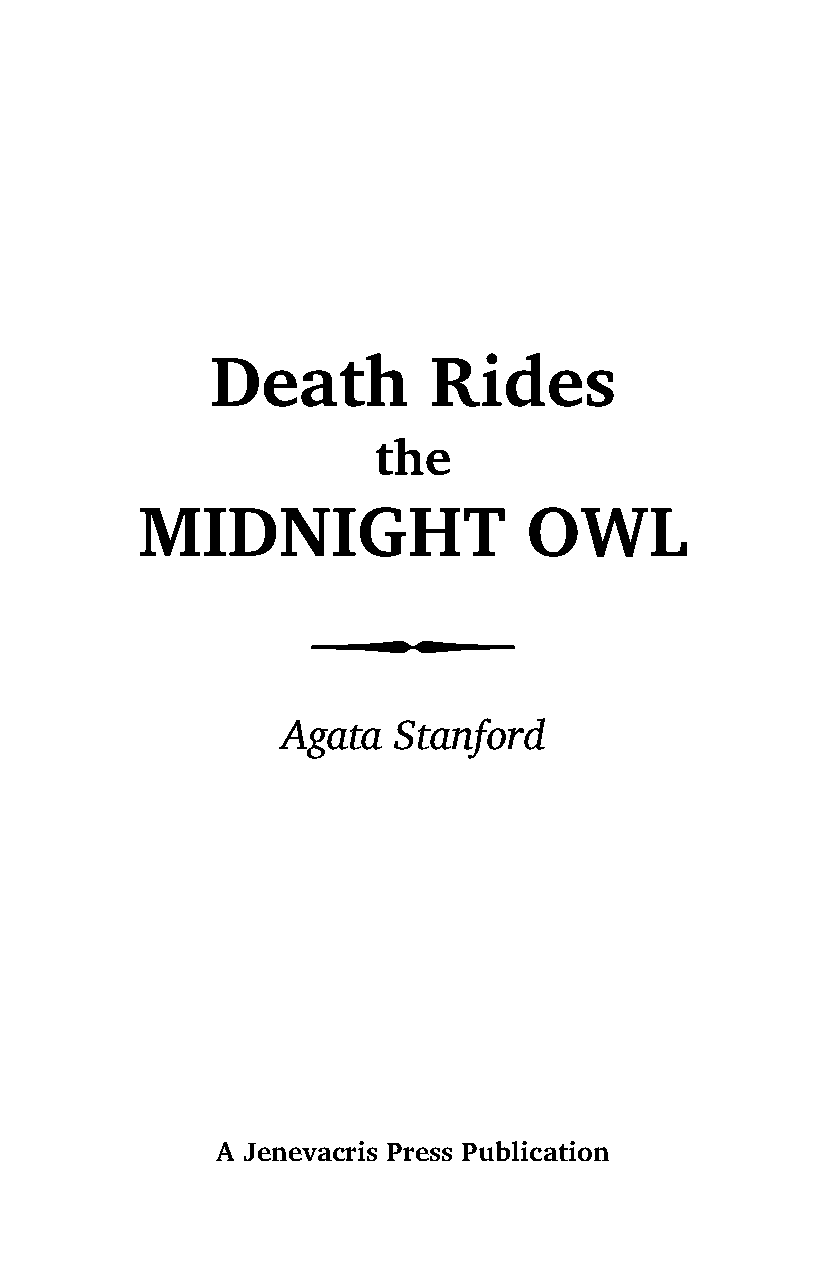
Death         Rides
 the
 MIDNIGHT                  OWL
 9
 Agata  Stanford
 A Jenevacris Press Publication